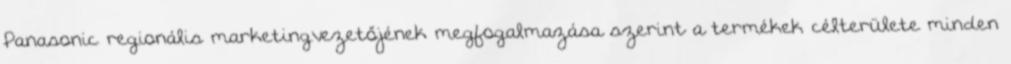
Panasonic regionális marketingvezetőjének megfogalmazása szerint a termékek célterülete minden